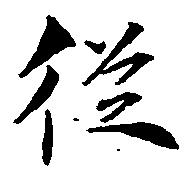
従